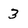
Character: 3